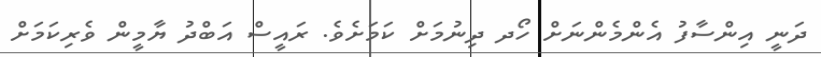
ދަނީ އިންސާފު އެންމެންނަށް ހޯދ ދިނުމަށް ކަމަށެވެ. ރައީސް އަބްދު ޔާމީން ވެރިކަމަށް